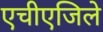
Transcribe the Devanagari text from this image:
एचीएजिले